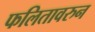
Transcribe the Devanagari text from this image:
फलितावरुन